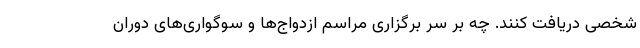
شخصی دریافت کنند. چه بر سر برگزاری مراسم ازدواج‌ها و سوگواری‌های دوران